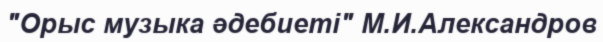
"Орыс музыка әдебиеті" М.И.Александров